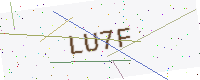
Text: LU7F